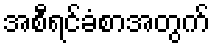
အစီရင်ခံစာအတွက်